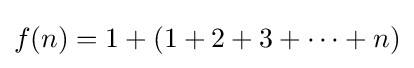
f(n)=1+(1+2+3+\cdots +n)